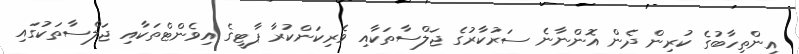
އިންތިހާބުގެ ކުރިން ދެން އޮންނާނެ ސަރުކާރުގެ ޖަލްސާތަކާއި ވެރިކަންކުރާ ޕާޓީގެ އިވެންޓްތަކާއި ޖަލްސާތަކުގައި